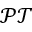
\mathcal { P T }